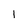
Character: 1